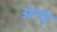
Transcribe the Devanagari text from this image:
अन्य्